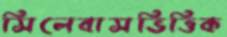
সিলেবাসভিত্তিক